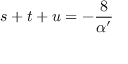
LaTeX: s + t + u = - \frac { 8 } { \alpha ^ { \prime } }